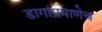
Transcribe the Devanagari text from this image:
डागांप्रमाणेच